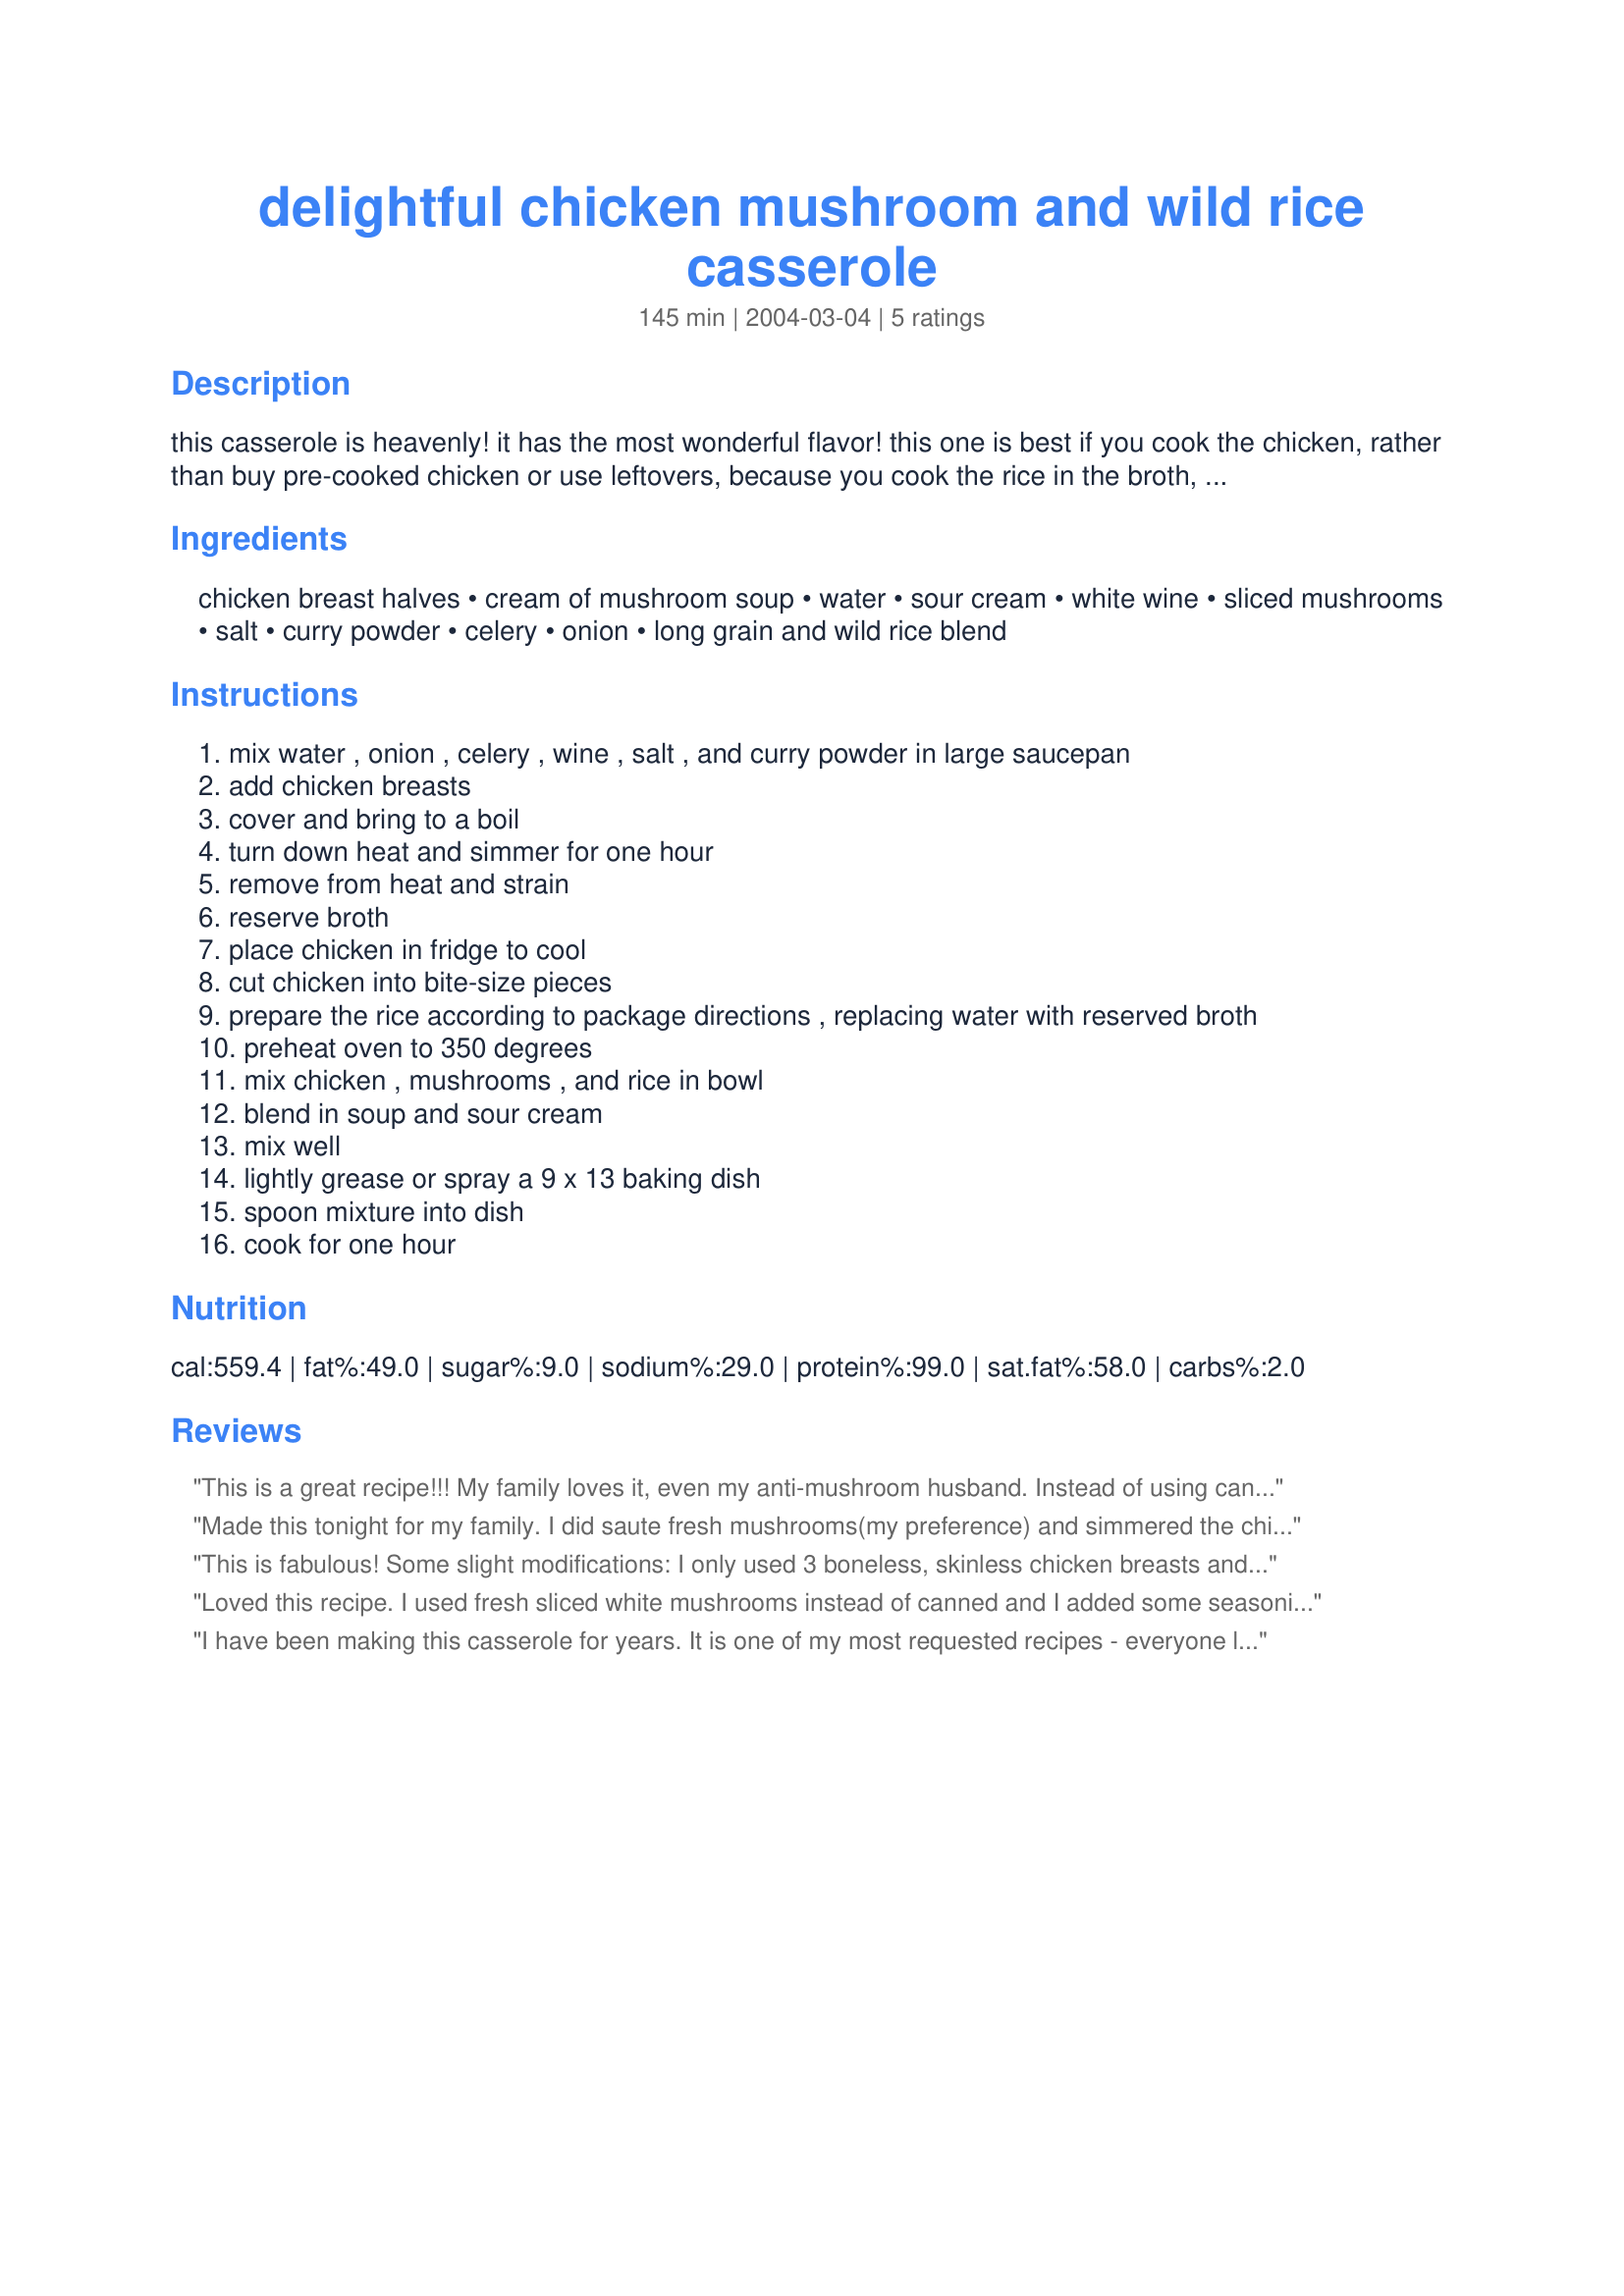
delightful chicken mushroom and wild rice casserole
Preparation time: 145 minutes

this casserole is heavenly! it has the most wonderful flavor! this one is best if you cook the chicken, rather than buy pre-cooked chicken or use leftovers, because you cook the rice in the broth, which is the secret to the delicious flavor. i got this recipe off of another site and everyone that i have served it to just loves it!

Ingredients:
chicken breast halves, cream of mushroom soup, water, sour cream, white wine, sliced mushrooms, salt, curry powder, celery, onion, long grain and wild rice blend

Steps:
mix water , onion , celery , wine , salt , and curry powder in large saucepan
add chicken breasts
cover and bring to a boil
turn down heat and simmer for one hour
remove from heat and strain
reserve broth
place chicken in fridge to cool
cut chicken into bite-size pieces
prepare the rice according to package directions , replacing water with reserved broth
preheat oven to 350 degrees
mix chicken , mushrooms , and rice in bowl
blend in soup and sour cream
mix well
lightly grease or spray a 9 x 13 baking dish
spoon mixture into dish
cook for one hour

Reviews:
This is a great recipe!!! My family loves it, even my anti-mushroom husband. Instead of using can mushrooms I sauteed fresh ones and the result was incredible...I also 1/2 the recipe but made the full amount of chicken and put it with the extra broth in the freezer for a quicker second time around pan.
Made this tonight for my family. I did saute fresh mushrooms(my preference) and simmered the chicken breasts as the recipe calls for. Loved the idea of using the broth for the rice so since I had more chicken breasts then called for I added extra water and wine to cover all, with just slightly more seasonings. When I was putting the casserole together I did find it a little thick so added a bit more broth to the mixture before putting in the oven for 30min just long enough to allow the flavors to blend as everything was still warm when it went in. Next time I will forgo the packaged rice mix and cook up my own long grain and wild rice as my family really enjoys the wild rice and would have liked more of it in the casserole.
This is fabulous! Some slight modifications: I only used 3 boneless, skinless chicken breasts and boiled for 25 min., and 1 package of rice. I put it all in an 8 x 8 baking dish. (There's only 2 of us, so didn't need larger quantity.) I also threw in about 1 cup of grated parmesan cheese in the mixture. The result was fantastic! Very creamy, hearty, cheesy and just delicious. Thanks for a great recipe!
Loved this recipe. I used fresh sliced white mushrooms instead of canned and I added some seasoning just because I don&#039;t like bland food. I also used low fat sour cream. Italian seasoning works well in my opinion. Don&#039;t overcook the chicken if you plan to have leftovers to reheat. I made that mistake the first time. Yummy comfort food. Very high in calories but we only eat in the weekend and then only have a very light lunch.
I have been making this casserole for years. It is one of my most requested recipes - everyone loves it! I do just a couple of things differntly.......I use fresh sliced mushrooms that I sautee before adding to the casserole. (I also reserve some for decorating the top of the casserole) Also, I use cooking sherry instead of white wine. It gives the casserole a fantastic flavor! One other thing I do differently is I cook a whole chicken. This is a great recipe to double and freeze. It freezes beautifully. Make it....you will love it! :)
